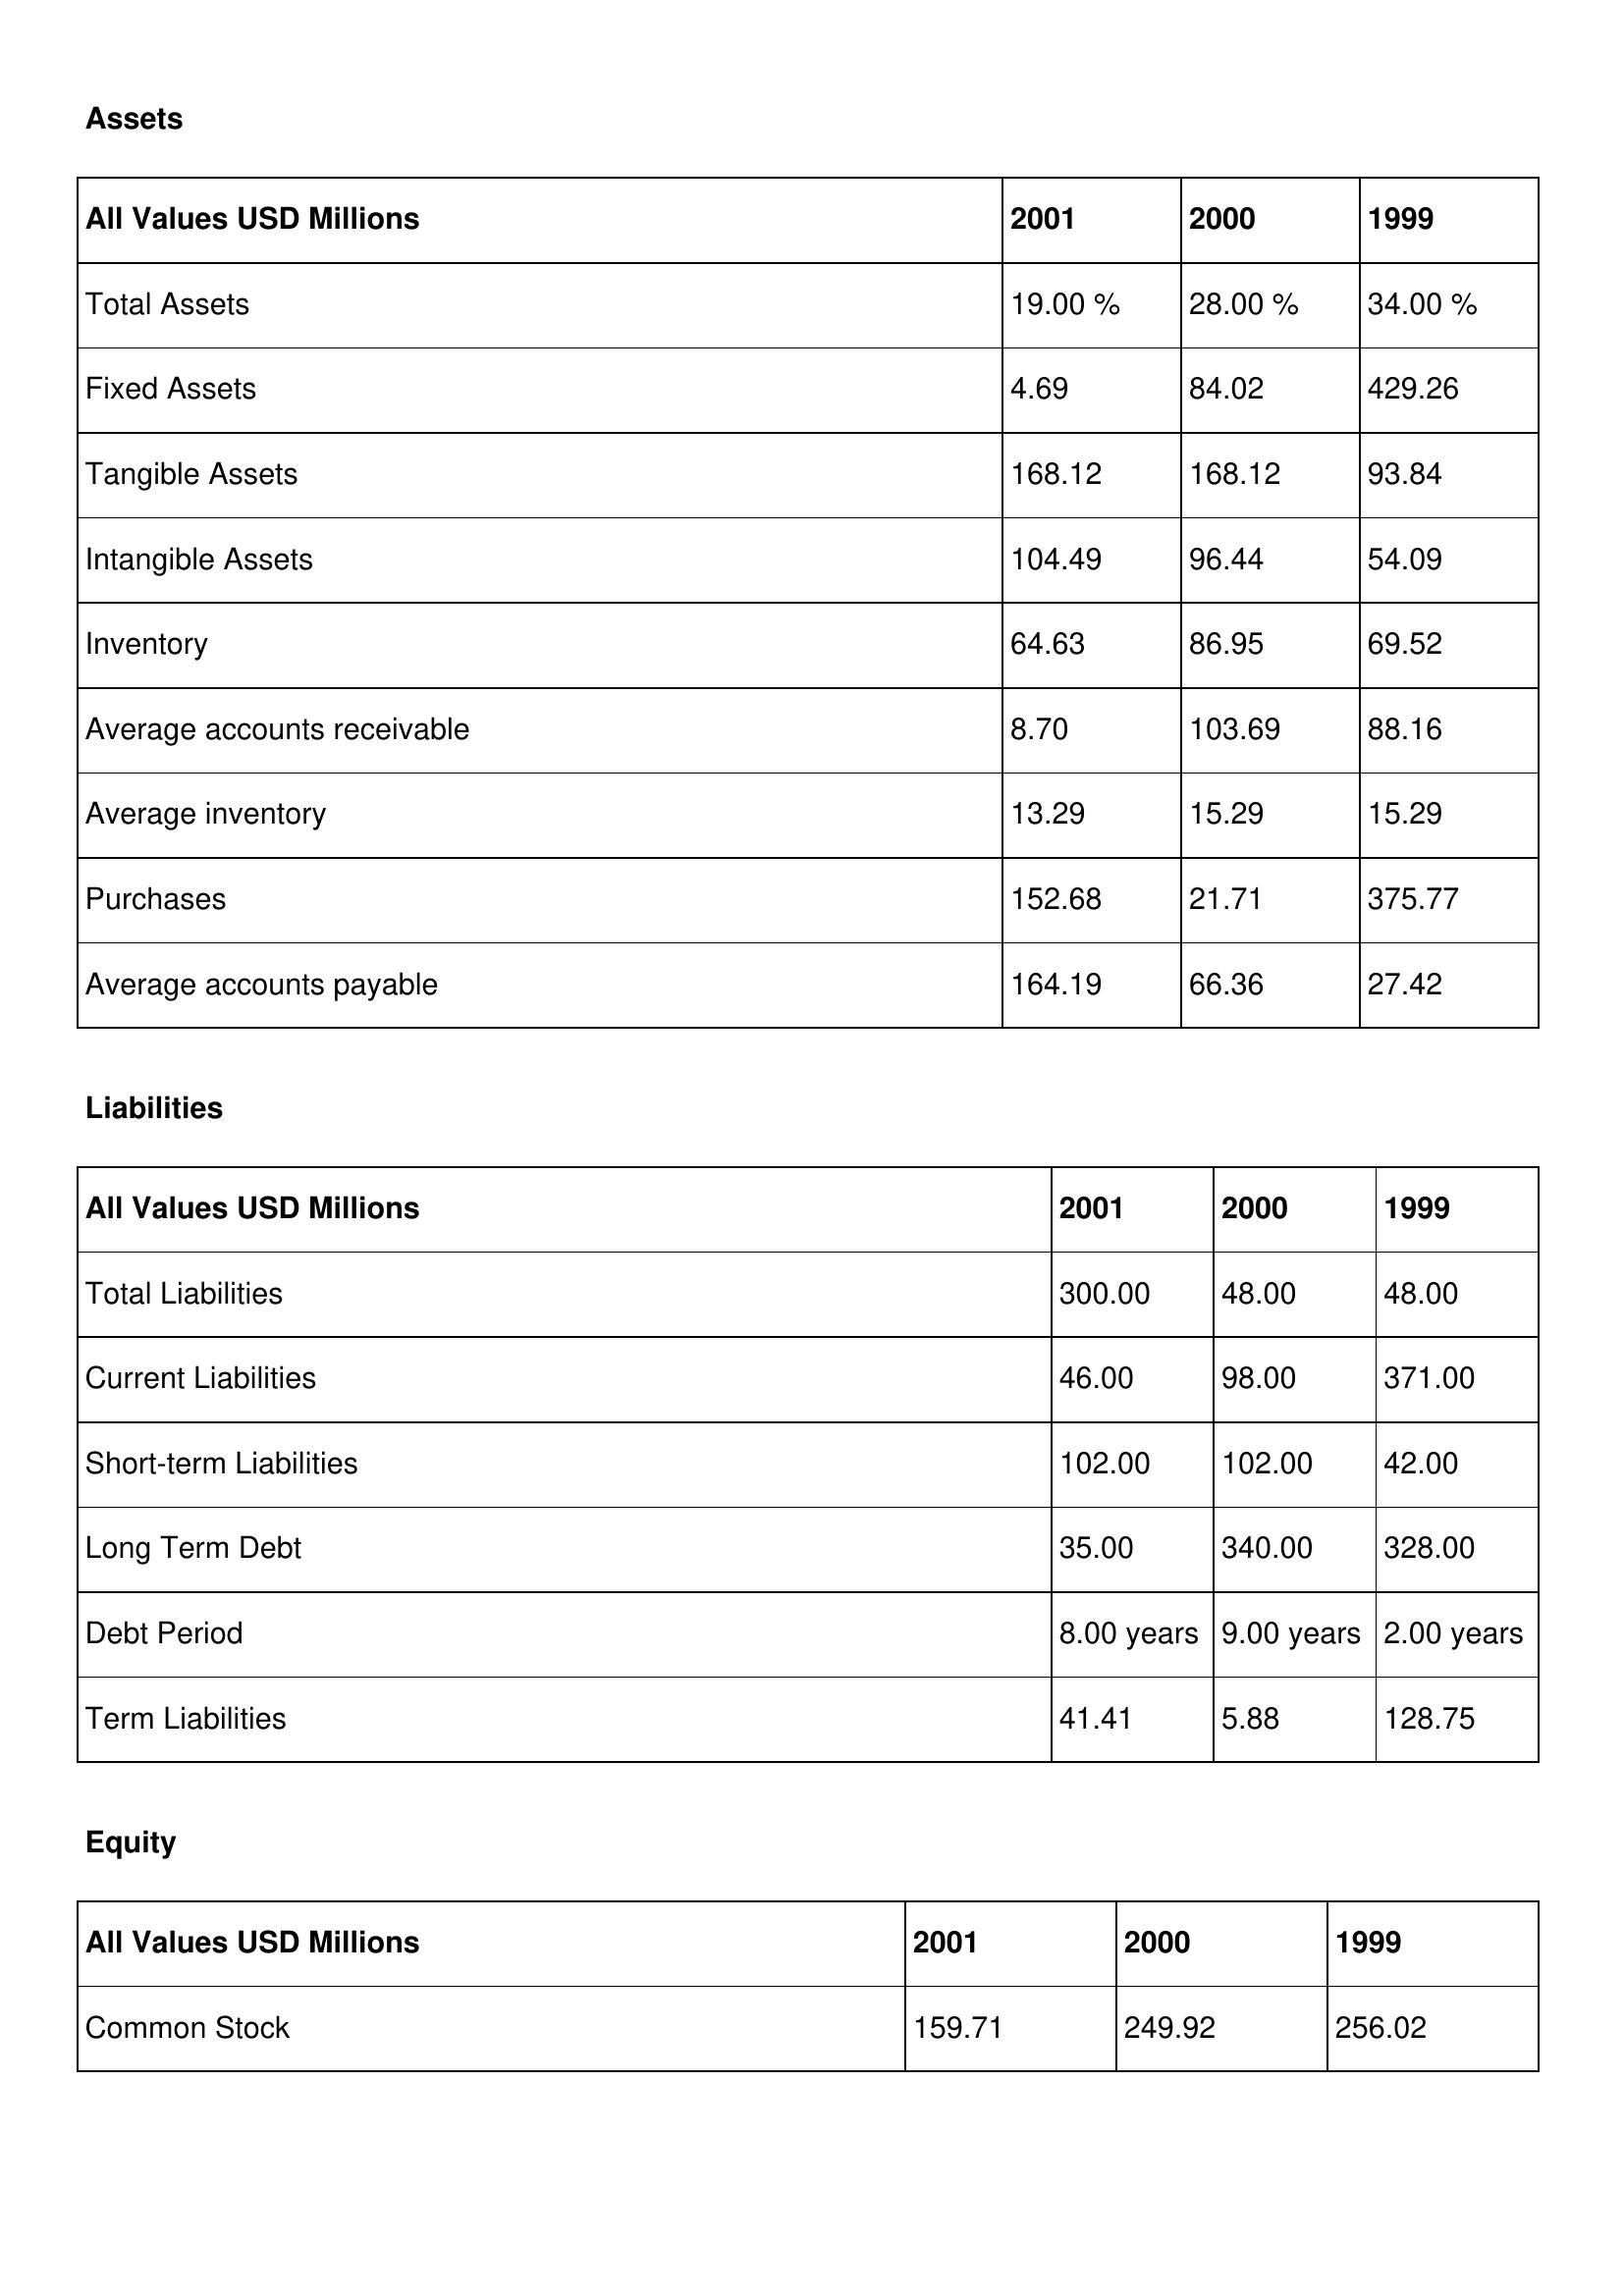
gt_parse: 2001: Assets: Total Assets: 19.00 %
Fixed Assets: 4.69
Tangible Assets: 168.12
Intangible Assets: 104.49
Inventory: 64.63
Average accounts receivable: 8.70
Average inventory: 13.29
Purchases: 152.68
Average accounts payable: 164.19
Liabilities: Total Liabilities: 300.00
Current Liabilities: 46.00
Short-term Liabilities: 102.00
Long Term Debt: 35.00
Debt Period: 8.00 years
Term Liabilities: 41.41
Equity: Common Stock: 159.71
2000: Assets: Total Assets: 28.00 %
Fixed Assets: 84.02
Tangible Assets: 168.12
Intangible Assets: 96.44
Inventory: 86.95
Average accounts receivable: 103.69
Average inventory: 15.29
Purchases: 21.71
Average accounts payable: 66.36
Liabilities: Total Liabilities: 48.00
Current Liabilities: 98.00
Short-term Liabilities: 102.00
Long Term Debt: 340.00
Debt Period: 9.00 years
Term Liabilities: 5.88
Equity: Common Stock: 249.92
1999: Assets: Total Assets: 34.00 %
Fixed Assets: 429.26
Tangible Assets: 93.84
Intangible Assets: 54.09
Inventory: 69.52
Average accounts receivable: 88.16
Average inventory: 15.29
Purchases: 375.77
Average accounts payable: 27.42
Liabilities: Total Liabilities: 48.00
Current Liabilities: 371.00
Short-term Liabilities: 42.00
Long Term Debt: 328.00
Debt Period: 2.00 years
Term Liabilities: 128.75
Equity: Common Stock: 256.02